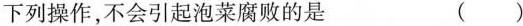
下列操作，不会引起泡菜腐败的是 ( )